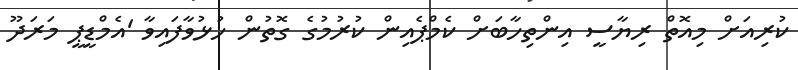
ކުރިއަށް މިއޮތް ރިޔާސީ އިންތިހާބަށް ކެމްޕެއިން ކުރުމުގެ ގޮތުން ހުޅުވާފައިވާ 'އެމްޑީޕީ މަރަދޫ